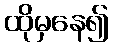
ထိုမှနေ၍